Indian journal of veterinary science and animal husbandry - Volumes 18-21, 1948-1951
Year: 1948
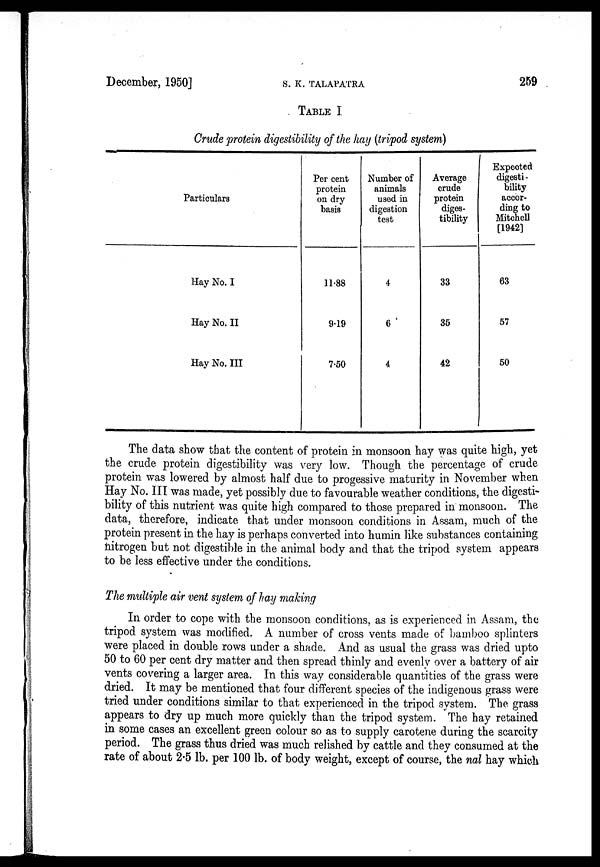
December, 1950]
S.
K.
TALAPATRA
259
TABLE I
Crude protein digestibility of the hay (tripod system)
Particulars
Hay No. I
Hay No. II
Hay No. III
Per cent
protein
on dry
basis
11.88
9.19
7.50
Number of
animals
used in
digestion
test
4
6
4
Average
crude
protein
diges-
tibility
33
35
42
Expected
digesti¬
bility
accor-
ding to
Mitchell
[1942]
63
57
50
The data show that the content of protein in monsoon hay was quite high, yet
the crude protein digestibility was very low. Though the percentage of crude
protein was lowered by almost half due to progessive maturity in November when
Hay No. III was made, yet possibly due to favourable weather conditions, the digesti-
bility of this nutrient was quite high compared to those prepared in monsoon. The
data, therefore, indicate that under monsoon conditions in Assam, much of the
protein present in the hay is perhaps converted into humin like substances containing
nitrogen but not digestible in the animal body and that the tripod system appears
to be less effective under the conditions.
The multiple air vent system of hay making
In order to cope with the monsoon conditions, as is experienced in Assam, the
tripod system was modified. A number of cross vents made of bamboo splinters
were placed in double rows under a shade. And as usual the grass was dried upto
50 to 60 per cent dry matter and then spread thinly and evenly over a battery of air
vents covering a larger area. In this way considerable quantities of the grass were
dried. It may be mentioned that four different species of the indigenous grass were
tried under conditions similar to that experienced in the tripod system. The grass
appears to dry up much more quickly than the tripod system. The hay retained
in some cases an excellent green colour so as to supply carotene during the scarcity
period. The grass thus dried was much relished by cattle and they consumed at the
rate of about 2.5 lb. per 100 lb. of body weight, except of course, the nal hay which